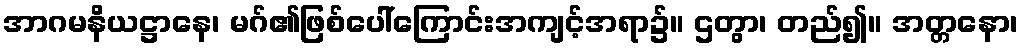
အာဂမနိယဋ္ဌာနေ၊ မဂ်၏ဖြစ်ပေါ်ကြောင်းအကျင့်အရာ၌။ ဌတွာ၊ တည်၍။ အတ္တနော၊